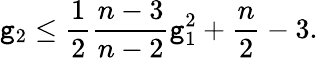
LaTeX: \mathtt{g}_{2}\leq{\frac{{1}}{{2}}}{\frac{{n-3}}{{n-2}}}\mathtt{g}_{1}^{2}+{\frac{{n}}{{2}}}-3.